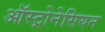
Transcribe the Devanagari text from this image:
ऑस्ट्रोनेसियन